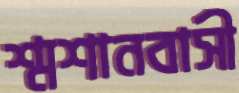
শ্মশানবাসী